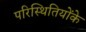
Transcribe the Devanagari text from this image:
परिस्थितियोंके